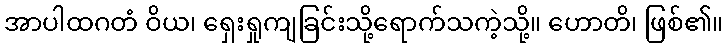
အာပါထဂတံ ဝိယ၊ ရှေးရှုကျခြင်းသို့ရောက်သကဲ့သို့။ ဟောတိ၊ ဖြစ်၏။